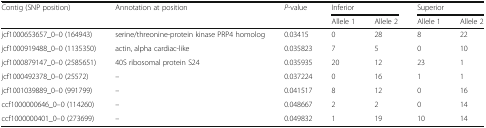
| Contig (SNP position) | Annotation at position | P-value | <COLSPAN=2> Inferior | <COLSPAN=2> Superior |
 |  |  |  | Allele 1 | Allele 2 | Allele 1 | Allele 2 |
 | --- | --- | --- | --- | --- | --- | --- |
 | jcf1000653657_0–0 (164943) | serine/threonine-protein kinase PRP4 homolog | 0.03415 | 0 | 28 | 8 | 22 |
 | jcf1000919488_0–0 (1135350) | actin, alpha cardiac-like | 0.035823 | 7 | 5 | 0 | 10 |
 | jcf1000879147_0–0 (2585651) | 40S ribosomal protein S24 | 0.035935 | 20 | 12 | 23 | 1 |
 | jcf1000492378_0–0 (25572) | – | 0.037224 | 0 | 16 | 1 | 1 |
 | jcf1001039889_0–0 (991799) | – | 0.041517 | 8 | 12 | 0 | 16 |
 | ccf1000000646_0–0 (114260) | – | 0.048667 | 2 | 2 | 0 | 14 |
 | ccf1000000401_0–0 (273699) | – | 0.049832 | 1 | 19 | 10 | 14 |